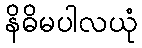
နိဓိမပါလယုံ